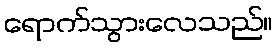
ရောက်သွားလေသည်။